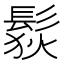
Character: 䯼